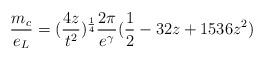
LaTeX: \begin{align*}\frac{m_{c}}{e_{L}}=(\frac{4z}{t^{2}})^{\frac{1}{4}}\frac{2\pi}{e^{\gamma}}(\frac{1}{2}-32z+1536z^2)\end{align*}